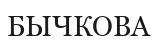
БЫЧКОВА